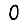
Digit: 0